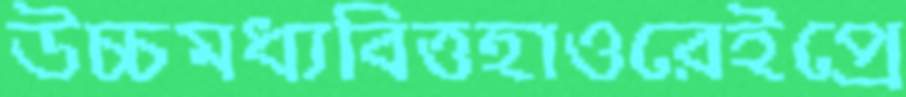
উচ্চমধ্যবিত্তহাওরেইপ্রে